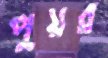
পুয়র